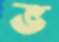
ভ